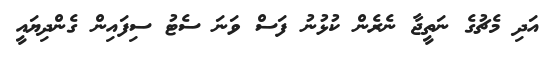
އަދި މެޗުގެ ނަތީޖާ ނެރެން ކުޅުނު ފަސް ވަނަ ސެޓު ސިފައިން ގެންދިޔައީ